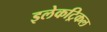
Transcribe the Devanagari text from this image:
इलेकट्रिकल